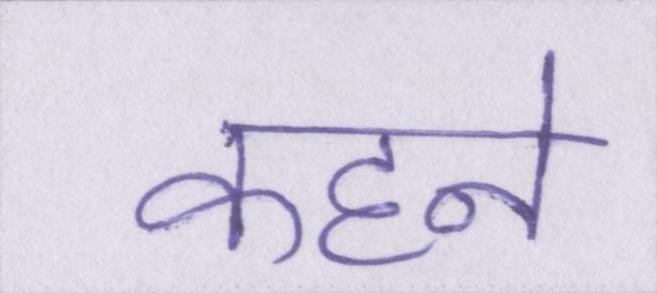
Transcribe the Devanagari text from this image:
कहने